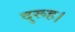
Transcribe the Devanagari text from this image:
दुरूह।